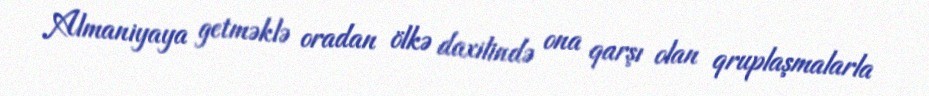
Almaniyaya getməklə oradan ölkə daxilində ona qarşı olan qruplaşmalarla